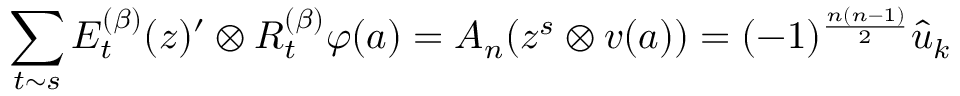
\sum _ { t \sim s } E _ { t } ^ { ( \beta ) } ( z ) ^ { \prime } \otimes R _ { t } ^ { ( \beta ) } \varphi ( a ) = A _ { n } ( z ^ { s } \otimes v ( a ) ) = ( - 1 ) ^ { \frac { n ( n - 1 ) } { 2 } } \hat { u } _ { k }